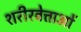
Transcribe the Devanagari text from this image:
शरीरवेत्ताओं